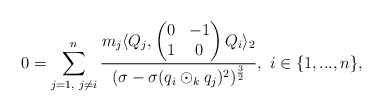
\begin{align*} 0=\sum\limits_{j=1,\textrm{ }j\neq i}^{n}\frac{m_{j}\langle Q_{j},\begin{pmatrix} 0 & -1 \\ 1 & 0 \end{pmatrix}Q_{i}\rangle_{2}}{(\sigma-\sigma(q_{i}\odot_{k}q_{j})^{2})^{\frac{3}{2}}},\textrm{ }i\in\{1,...,n\}, \end{align*}